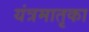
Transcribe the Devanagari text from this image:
यंत्रमातृका